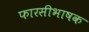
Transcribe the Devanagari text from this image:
फारसीभाषक